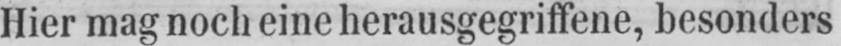
Hier mag noch eine herausgegriffene, besonders